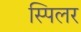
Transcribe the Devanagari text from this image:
स्पिलर